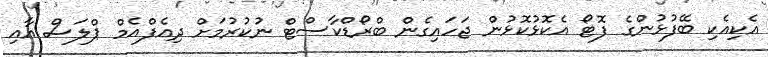
އެކިއެކި ބޭފުޅުންގެ ފޮޓޯ އެކޮޅުކޮޅުން ޖަހައިގެން ބްރޯޑްކާސްޓް ނުކުރުމަށް ދިއެފްއެމް ޕްލަސް އާއި